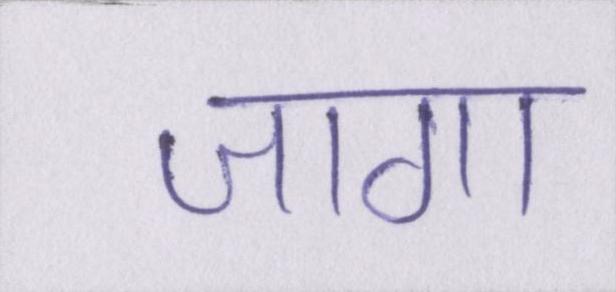
जागा